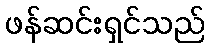
ဖန်ဆင်းရှင်သည်